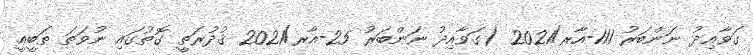
ގަވާއިދު ނަންބަރު 111-އާރ/2021 (ގަވާއިދު ނަންބަރު 25-އާރ/2021 ޤުދުރަތީ ގޮތުގައި ނުވަތަ ޠަބީޢީ